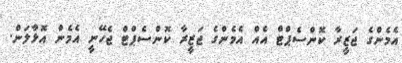
އެމެންގެ ޖަޒީރާ ކޮންސެޕްޓް އެއް އެމެންގެ ޖަޒީރާ ކޮންސެޕްޓް ޖެހޭނީ އެމެން އޮޅާލަން.